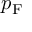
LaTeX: p _ { \mathrm { { F } } }